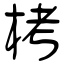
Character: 栲